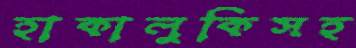
হাকালুকিসহ